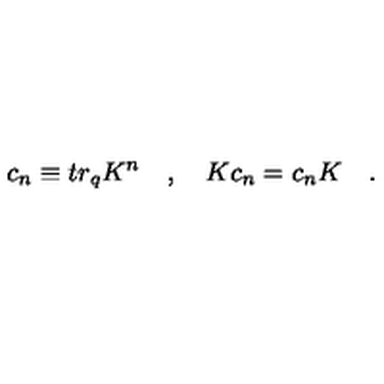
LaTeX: c _ { n } \equiv t r _ { q } K ^ { n } \quad , \quad K c _ { n } = c _ { n } K \quad .